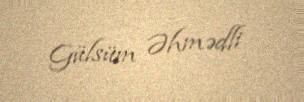
Gülsüm Əhmədli